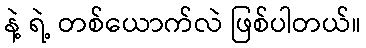
နဲ့ ရဲ့ တစ်ယောက်လဲ ဖြစ်ပါတယ်။